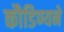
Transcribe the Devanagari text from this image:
कौडिण्यने